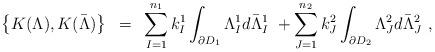
LaTeX: \begin{align*}\left \{K(\Lambda),K(\bar {\Lambda}) \right \}~=~ \sum_{I=1}^{n_1}k^1_I\int_{\partial D_1}\Lambda^1_Id\bar {\Lambda}^1_I~+\sum_{J=1}^{n_2} k^2_J\int_{\partial D_2}\Lambda ^2_Jd \bar {\Lambda}^2_J~,\end{align*}